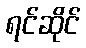
ရင်ဆိုင်